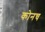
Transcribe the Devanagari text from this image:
कोनच